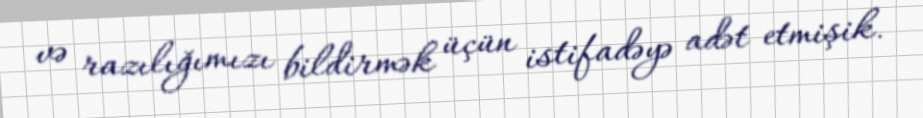
və razılığımızı bildirmək üçün istifadəyə adət etmişik.